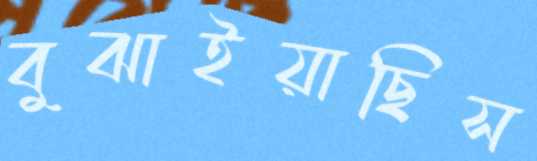
বুঝাইয়াছিস